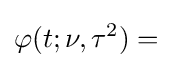
\varphi (t;\nu ,\tau ^{2})=